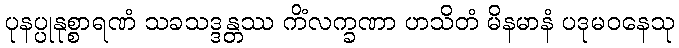
ပုနပ္ပုနုစ္စာရဏံ သခသဒ္ဒန္တဿ ကိံလက္ခဏာ ဟသိတံ မိနမာနံ ပဒုမဝနေသု